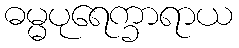
ဓမ္မပုရေက္ခာရာယ